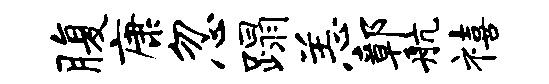
腹康忽蹋恙鄣航禧